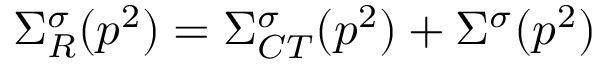
\Sigma _ { R } ^ { \sigma } ( p ^ { 2 } ) = \Sigma _ { C T } ^ { \sigma } ( p ^ { 2 } ) + \Sigma ^ { \sigma } ( p ^ { 2 } )